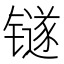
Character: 𬭼